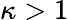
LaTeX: \kappa>1